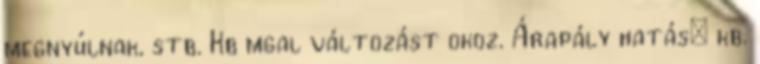
megnyúlnak, stb. Kb mgal változást okoz. Árapály hatás: kb.